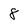
Character: 8